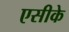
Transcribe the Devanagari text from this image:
एसीके